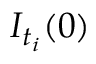
I _ { t _ { i } } ( 0 )